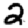
Digit: 2